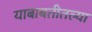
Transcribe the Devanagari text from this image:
याबाबतीतल्या